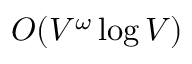
O ( V ^ { \omega } \log V )